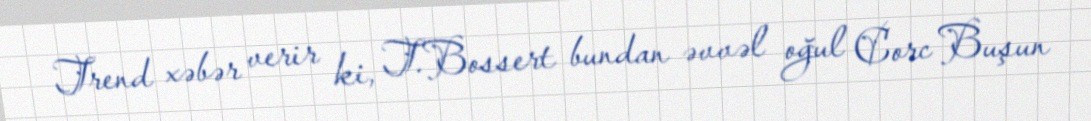
Trend xəbər verir ki, T.Bossert bundan əvvəl oğul Corc Buşun